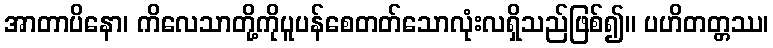
အာတာပိနော၊ ကိလေသာတို့ကိုပူပန်စေတတ်သောလုံးလရှိသည်ဖြစ်၍။ ပဟိတတ္တဿ၊